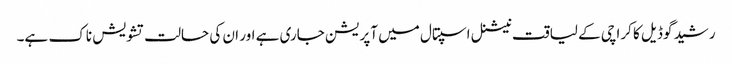
رشید گوڈیل کا کراچی کے لیاقت نیشنل اسپتال میں آپریشن جاری ہے اور ان کی حالت تشویش ناک ہے۔